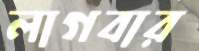
লাগবার